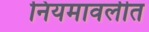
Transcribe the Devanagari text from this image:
नियमावलीत